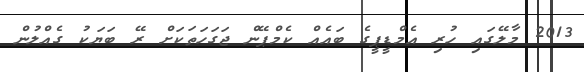
2013 މާލޭގައި ހުރި އެމްޑީޕީގެ ބައެއް ކެމްޕޭން ޖަގަހަތަކަށް ރޭ ބަޔަކު ގެއްލުން